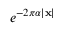
e ^ { - 2 \pi \alpha | \mathbf { x } | }